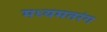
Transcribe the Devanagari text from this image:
मध्यमतरंग